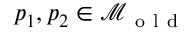
p _ { 1 } , p _ { 2 } \in \mathcal { M } _ { \mathrm { ~ o ~ l ~ d ~ } }